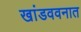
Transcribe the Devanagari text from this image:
खांडववनात